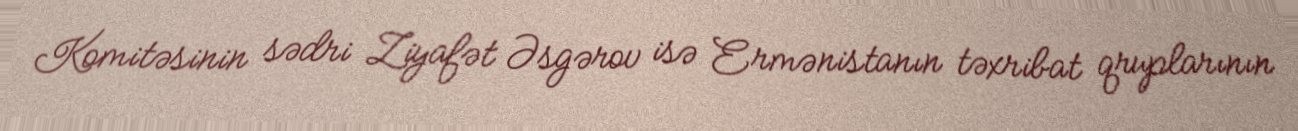
Komitəsinin sədri Ziyafət Əsgərov isə Ermənistanın təxribat qruplarının